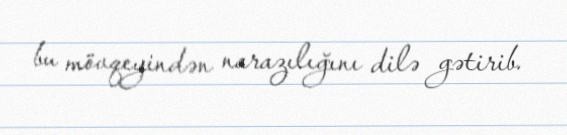
bu mövqeyindən narazılığını dilə gətirib.